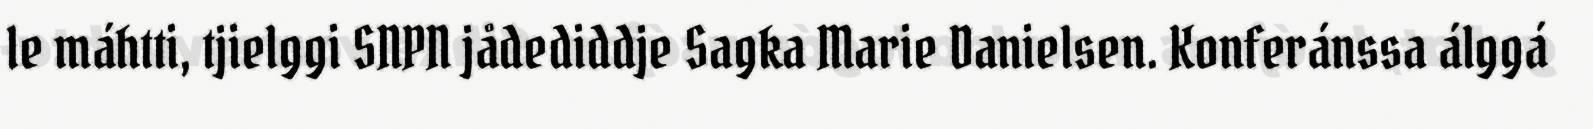
le máhtti, tjielggi SNPN jådediddje Sagka Marie Danielsen. Konferánssa álggá